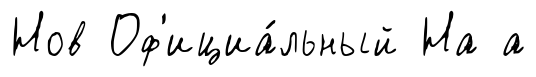
Нов Оф'ициа́льный На а